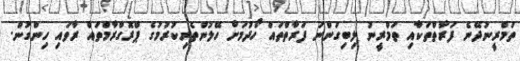
ތަމްރީނުދޭނެ ފަރާތްތަކާއި ތަމްރީނު ލިބިގަންނަ ފަރާތްތައް ހޯދުމަށް ހޭލުންތެރިކުރުމުގެ ޕްރޮގްރާމްތައް ރާވައި ހިންގުން.